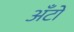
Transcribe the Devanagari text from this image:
अँटो